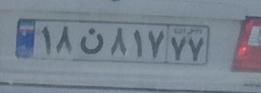
۱۸ن۸۱۷۷۷